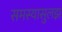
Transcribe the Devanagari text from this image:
समस्यासुलझ